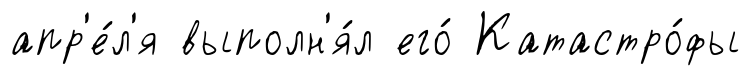
апр'е́л'я выполн'я́л его́ Катастро́фы